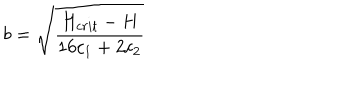
LaTeX: b = \sqrt { \frac { H _ { c r i t } - H } { 1 6 c _ { 1 } + 2 c _ { 2 } } }